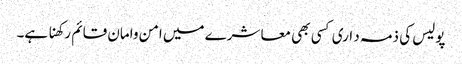
پولیس کی ذمہ د اری کسی بھی معا شرے میں امن وامان قائم رکھنا ہے۔